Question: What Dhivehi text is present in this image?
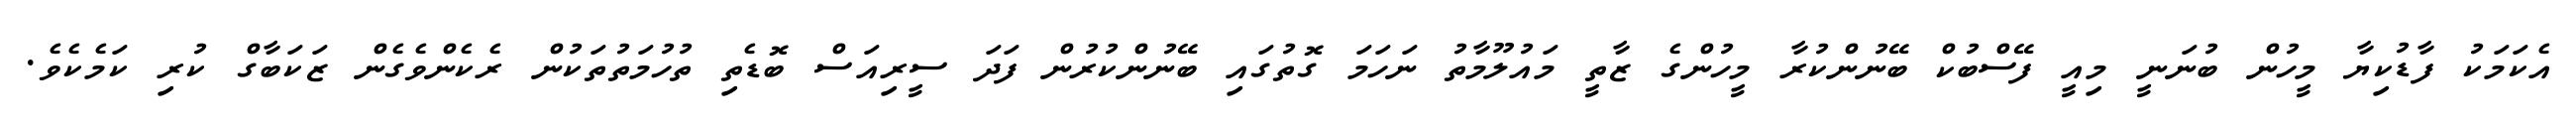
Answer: އެކަމަކު ފާޑުކިޔާ މީހުން ބުނަނީ މިއީ ފޭސްބުކް ބޭނުންކުރާ މީހުންގެ ޒާތީ މައުލޫމާތު ނަހަމަ ގޮތުގައި ބޭނުންކުރުން ފަދަ ސީރިއަސް ބޮޑެތި ތުހުމަތުތަކުން ރެކެންވެގެން ޒަކަބާގް ކުރި ކަމެކެވެ.